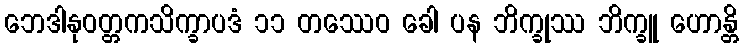
ဘေဒါနုဝတ္တကသိက္ခာပဒံ ၁၁ တဿေဝ ခေါ ပန ဘိက္ခုဿ ဘိက္ခူ ဟောန္တိ